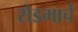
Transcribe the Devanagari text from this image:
रोडमार्च